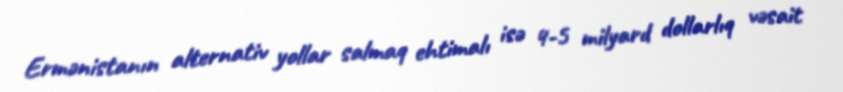
Ermənistanın alternativ yollar salmaq ehtimalı isə 4-5 milyard dollarlıq vəsait